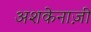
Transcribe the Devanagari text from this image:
अशकेनाज़ी